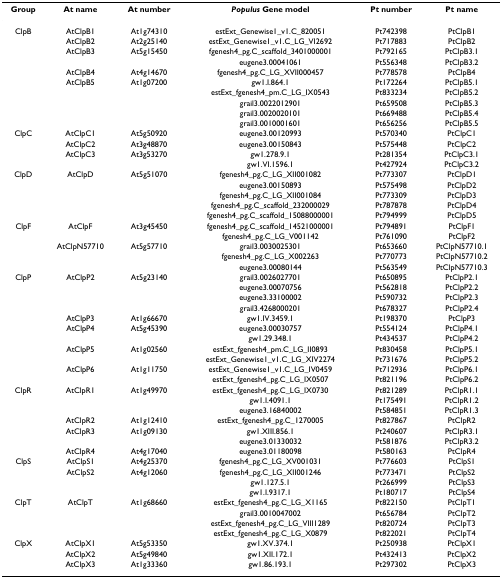
<table><thead><tr><td><b>Group</b></td><td><b>At name</b></td><td><b>At number</b></td><td><b><i>Populus </i>Gene model</b></td><td><b>Pt number</b></td><td><b>Pt name</b></td></tr></thead><tbody><tr><td>ClpB</td><td>AtClpB1</td><td>At1g74310</td><td>estExt_Genewise1_v1.C_820051</td><td>Pt742398</td><td>PtClpB1</td></tr><tr><td>[EMPTY_CELL]</td><td>AtClpB2</td><td>At2g25140</td><td>estExt_Genewise1_v1.C_LG_VI2692</td><td>Pt717883</td><td>PtClpB2</td></tr><tr><td>[EMPTY_CELL]</td><td>AtClpB3</td><td>At5g15450</td><td>fgenesh4_pg.C_scaffold_3401000001</td><td>Pt792165</td><td>PtClpB3.1</td></tr><tr><td>[EMPTY_CELL]</td><td>[EMPTY_CELL]</td><td>[EMPTY_CELL]</td><td>eugene3.00041061</td><td>Pt556348</td><td>PtClpB3.2</td></tr><tr><td>[EMPTY_CELL]</td><td>AtClpB4</td><td>At4g14670</td><td>fgenesh4_pg.C_LG_XVII000457</td><td>Pt778578</td><td>PtClpB4</td></tr><tr><td>[EMPTY_CELL]</td><td>AtClpB5</td><td>At1g07200</td><td>gw1.I.864.1</td><td>Pt172264</td><td>PtClpB5.1</td></tr><tr><td>[EMPTY_CELL]</td><td>[EMPTY_CELL]</td><td>[EMPTY_CELL]</td><td>estExt_fgenesh4_pm.C_LG_IX0543</td><td>Pt833234</td><td>PtClpB5.2</td></tr><tr><td>[EMPTY_CELL]</td><td>[EMPTY_CELL]</td><td>[EMPTY_CELL]</td><td>grail3.0022012901</td><td>Pt659508</td><td>PtClpB5.3</td></tr><tr><td>[EMPTY_CELL]</td><td>[EMPTY_CELL]</td><td>[EMPTY_CELL]</td><td>grail3.0020020101</td><td>Pt669488</td><td>PtClpB5.4</td></tr><tr><td>[EMPTY_CELL]</td><td>[EMPTY_CELL]</td><td>[EMPTY_CELL]</td><td>grail3.0010001601</td><td>Pt656256</td><td>PtClpB5.5</td></tr><tr><td>ClpC</td><td>AtClpC1</td><td>At5g50920</td><td>eugene3.00120993</td><td>Pt570340</td><td>PtClpC1</td></tr><tr><td>[EMPTY_CELL]</td><td>AtClpC2</td><td>At3g48870</td><td>eugene3.00150843</td><td>Pt575448</td><td>PtClpC2</td></tr><tr><td>[EMPTY_CELL]</td><td>AtClpC3</td><td>At3g53270</td><td>gw1.278.9.1</td><td>Pt281354</td><td>PtClpC3.1</td></tr><tr><td>[EMPTY_CELL]</td><td>[EMPTY_CELL]</td><td>[EMPTY_CELL]</td><td>gw1.VI.1596.1</td><td>Pt427924</td><td>PtClpC3.2</td></tr><tr><td>ClpD</td><td>AtClpD</td><td>At5g51070</td><td>fgenesh4_pg.C_LG_XII001082</td><td>Pt773307</td><td>PtClpD1</td></tr><tr><td>[EMPTY_CELL]</td><td>[EMPTY_CELL]</td><td>[EMPTY_CELL]</td><td>eugene3.00150893</td><td>Pt575498</td><td>PtClpD2</td></tr><tr><td>[EMPTY_CELL]</td><td>[EMPTY_CELL]</td><td>[EMPTY_CELL]</td><td>fgenesh4_pg.C_LG_XII001084</td><td>Pt773309</td><td>PtClpD3</td></tr><tr><td>[EMPTY_CELL]</td><td>[EMPTY_CELL]</td><td>[EMPTY_CELL]</td><td>fgenesh4_pg.C_scaffold_232000029</td><td>Pt787878</td><td>PtClpD4</td></tr><tr><td>[EMPTY_CELL]</td><td>[EMPTY_CELL]</td><td>[EMPTY_CELL]</td><td>fgenesh4_pg.C_scaffold_15088000001</td><td>Pt794999</td><td>PtClpD5</td></tr><tr><td>ClpF</td><td>AtClpF</td><td>At3g45450</td><td>fgenesh4_pg.C_scaffold_14521000001</td><td>Pt794891</td><td>PtClpF1</td></tr><tr><td>[EMPTY_CELL]</td><td>[EMPTY_CELL]</td><td>[EMPTY_CELL]</td><td>fgenesh4_pg.C_LG_V001142</td><td>Pt761090</td><td>PtClpF2</td></tr><tr><td>[EMPTY_CELL]</td><td>AtClpN57710</td><td>At5g57710</td><td>grail3.0030025301</td><td>Pt653660</td><td>PtClpN57710.1</td></tr><tr><td>[EMPTY_CELL]</td><td>[EMPTY_CELL]</td><td>[EMPTY_CELL]</td><td>fgenesh4_pg.C_LG_X002263</td><td>Pt770773</td><td>PtClpN57710.2</td></tr><tr><td>[EMPTY_CELL]</td><td>[EMPTY_CELL]</td><td>[EMPTY_CELL]</td><td>eugene3.00080144</td><td>Pt563549</td><td>PtClpN57710.3</td></tr><tr><td>ClpP</td><td>AtClpP2</td><td>At5g23140</td><td>grail3.0026027701</td><td>Pt650895</td><td>PtClpP2.1</td></tr><tr><td>[EMPTY_CELL]</td><td>[EMPTY_CELL]</td><td>[EMPTY_CELL]</td><td>eugene3.00070756</td><td>Pt562818</td><td>PtClpP2.2</td></tr><tr><td>[EMPTY_CELL]</td><td>[EMPTY_CELL]</td><td>[EMPTY_CELL]</td><td>eugene3.33100002</td><td>Pt590732</td><td>PtClpP2.3</td></tr><tr><td>[EMPTY_CELL]</td><td>[EMPTY_CELL]</td><td>[EMPTY_CELL]</td><td>grail3.4268000201</td><td>Pt678327</td><td>PtClpP2.4</td></tr><tr><td>[EMPTY_CELL]</td><td>AtClpP3</td><td>At1g66670</td><td>gw1.IV.3459.1</td><td>Pt198370</td><td>PtClpP3</td></tr><tr><td>[EMPTY_CELL]</td><td>AtClpP4</td><td>At5g45390</td><td>eugene3.00030757</td><td>Pt554124</td><td>PtClpP4.1</td></tr><tr><td>[EMPTY_CELL]</td><td>[EMPTY_CELL]</td><td>[EMPTY_CELL]</td><td>gw1.29.348.1</td><td>Pt434537</td><td>PtClpP4.2</td></tr><tr><td>[EMPTY_CELL]</td><td>AtClpP5</td><td>At1g02560</td><td>estExt_fgenesh4_pm.C_LG_II0893</td><td>Pt830458</td><td>PtClpP5.1</td></tr><tr><td>[EMPTY_CELL]</td><td>[EMPTY_CELL]</td><td>[EMPTY_CELL]</td><td>estExt_Genewise1_v1.C_LG_XIV2274</td><td>Pt731676</td><td>PtClpP5.2</td></tr><tr><td>[EMPTY_CELL]</td><td>AtClpP6</td><td>At1g11750</td><td>estExt_Genewise1_v1.C_LG_IV0459</td><td>Pt712936</td><td>PtClpP6.1</td></tr><tr><td>[EMPTY_CELL]</td><td>[EMPTY_CELL]</td><td>[EMPTY_CELL]</td><td>estExt_fgenesh4_pg.C_LG_IX0507</td><td>Pt821196</td><td>PtClpP6.2</td></tr><tr><td>ClpR</td><td>AtClpR1</td><td>At1g49970</td><td>estExt_fgenesh4_pg.C_LG_IX0730</td><td>Pt821289</td><td>PtClpR1.1</td></tr><tr><td>[EMPTY_CELL]</td><td>[EMPTY_CELL]</td><td>[EMPTY_CELL]</td><td>gw1.I.4091.1</td><td>Pt175491</td><td>PtClpR1.2</td></tr><tr><td>[EMPTY_CELL]</td><td>[EMPTY_CELL]</td><td>[EMPTY_CELL]</td><td>eugene3.16840002</td><td>Pt584851</td><td>PtClpR1.3</td></tr><tr><td>[EMPTY_CELL]</td><td>AtClpR2</td><td>At1g12410</td><td>estExt_fgenesh4_pg.C_1270005</td><td>Pt827867</td><td>PtClpR2</td></tr><tr><td>[EMPTY_CELL]</td><td>AtClpR3</td><td>At1g09130</td><td>gw1.XIII.856.1</td><td>Pt240607</td><td>PtClpR3.1</td></tr><tr><td>[EMPTY_CELL]</td><td>[EMPTY_CELL]</td><td>[EMPTY_CELL]</td><td>eugene3.01330032</td><td>Pt581876</td><td>PtClpR3.2</td></tr><tr><td>[EMPTY_CELL]</td><td>AtClpR4</td><td>At4g17040</td><td>eugene3.01180098</td><td>Pt580163</td><td>PtClpR4</td></tr><tr><td>ClpS</td><td>AtClpS1</td><td>At4g25370</td><td>fgenesh4_pg.C_LG_XV001031</td><td>Pt776603</td><td>PtClpS1</td></tr><tr><td>[EMPTY_CELL]</td><td>AtClpS2</td><td>At4g12060</td><td>fgenesh4_pg.C_LG_XII001246</td><td>Pt773471</td><td>PtClpS2</td></tr><tr><td>[EMPTY_CELL]</td><td>[EMPTY_CELL]</td><td>[EMPTY_CELL]</td><td>gw1.127.5.1</td><td>Pt266999</td><td>PtClpS3</td></tr><tr><td>[EMPTY_CELL]</td><td>[EMPTY_CELL]</td><td>[EMPTY_CELL]</td><td>gw1.I.9317.1</td><td>Pt180717</td><td>PtClpS4</td></tr><tr><td>ClpT</td><td>AtClpT</td><td>At1g68660</td><td>estExt_fgenesh4_pg.C_LG_X1165</td><td>Pt822150</td><td>PtClpT1</td></tr><tr><td>[EMPTY_CELL]</td><td>[EMPTY_CELL]</td><td>[EMPTY_CELL]</td><td>grail3.0010047002</td><td>Pt656784</td><td>PtClpT2</td></tr><tr><td>[EMPTY_CELL]</td><td>[EMPTY_CELL]</td><td>[EMPTY_CELL]</td><td>estExt_fgenesh4_pg.C_LG_VIII1289</td><td>Pt820724</td><td>PtClpT3</td></tr><tr><td>[EMPTY_CELL]</td><td>[EMPTY_CELL]</td><td>[EMPTY_CELL]</td><td>estExt_fgenesh4_pg.C_LG_X0879</td><td>Pt822021</td><td>PtClpT4</td></tr><tr><td>ClpX</td><td>AtClpX1</td><td>At5g53350</td><td>gw1.XV.374.1</td><td>Pt250938</td><td>PtClpX1</td></tr><tr><td>[EMPTY_CELL]</td><td>AtClpX2</td><td>At5g49840</td><td>gw1.XII.172.1</td><td>Pt432413</td><td>PtClpX2</td></tr><tr><td>[EMPTY_CELL]</td><td>AtClpX3</td><td>At1g33360</td><td>gw1.86.193.1</td><td>Pt297302</td><td>PtClpX3</td></tr></tbody></table>